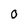
Character: 0